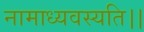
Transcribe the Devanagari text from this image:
नामाध्यवस्यति।।